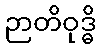
ဉာတိဝုဒ္ဓိ